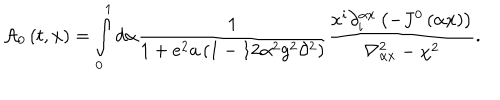
{ \cal A } _ { 0 } \left( t , { \bf x } \right) = \int _ { 0 } ^ { 1 } { d \alpha \frac { 1 } { { 1 + e ^ { 2 } a \left( { 1 - 1 2 \alpha ^ { 2 } g ^ { 2 } \partial ^ { 2 } } \right) } } } \frac { { x ^ { i } \partial _ { i } ^ { \alpha x } \left( { - J ^ { 0 } \left( { \alpha x } \right) } \right) } } { { \nabla _ { \alpha x } ^ { 2 } - \chi ^ { 2 } } } .